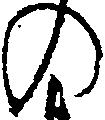
の